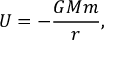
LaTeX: U = - { \frac { G M m } { r } } ,